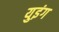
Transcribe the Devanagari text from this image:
युइंग